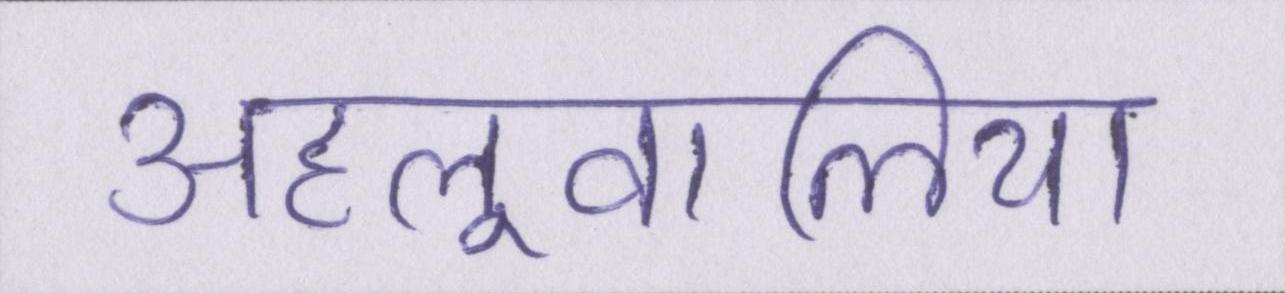
अहलूवालिया